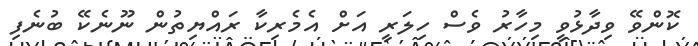
ކޮންވޭ ވިދާޅުވީ މިހާރު ވެސް ހިލަރީ އަށް އެމެރިކާ ރައްޔިތުން ނޫނެކޭ ބުނެފި